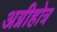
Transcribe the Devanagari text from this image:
अग्नीहोत्र